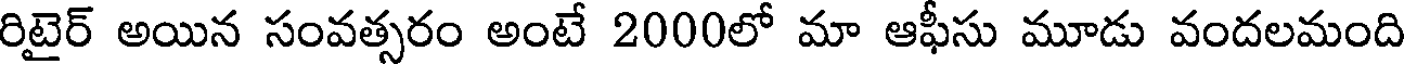
రిటైర్ అయిన సంవత్సరం అంటే 2000లో మా ఆఫీసు మూడు వందలమంది